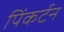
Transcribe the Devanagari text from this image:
पिंकर्टन